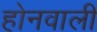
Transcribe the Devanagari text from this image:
होनवाली